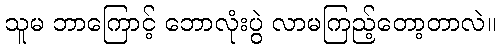
သူမ ဘာကြောင့် ဘောလုံးပွဲ လာမကြည့်တော့တာလဲ။